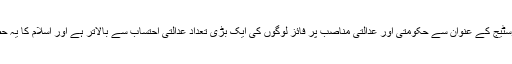
مگر ہمارے ہاں پروٹوکول اور پرسٹیج کے عنوان سے حکومتی اور عدالتی مناصب پر فائز لوگوں کی ایک بڑی تعداد عدالتی احتساب سے بالاتر ہے اور اسلام کا یہ حصہ بھی ہمارے ہاں نافذ نہیں ہے۔